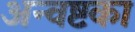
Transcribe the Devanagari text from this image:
अन्वष्टका